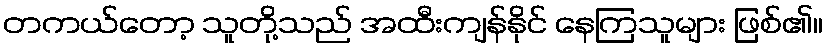
တကယ်တော့ သူတို့သည် အထီးကျန်နိုင် နေကြသူများ ဖြစ်၏။